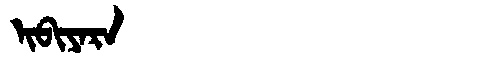
Manchu: ᡳᠪᡳᠶᠠᡵᠠ
Romanization: IBIYARA